Report of the Indian Hemp Drugs Commission, 1894-1895 - Volume III
Year: 1894
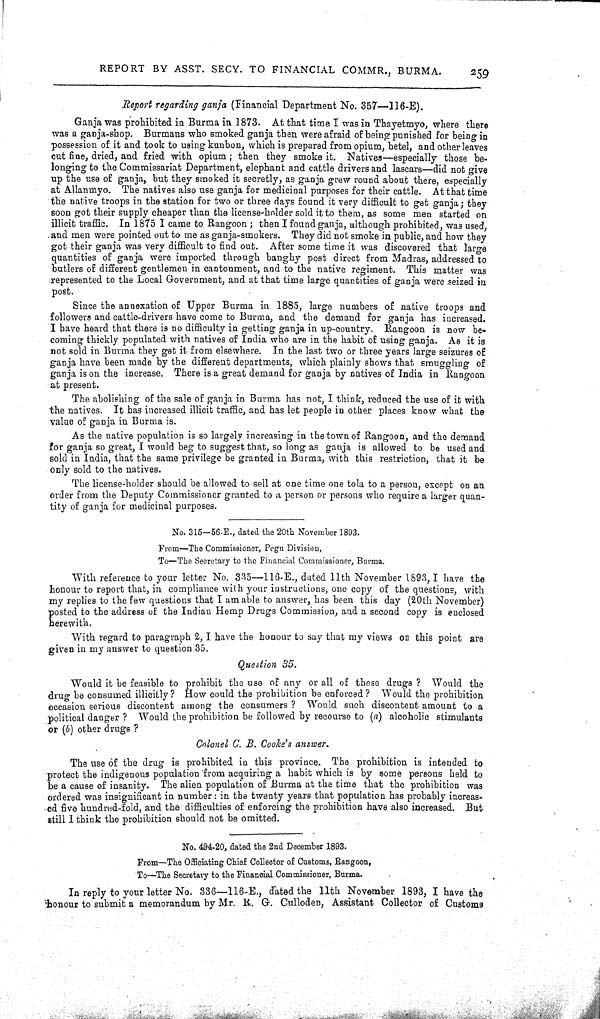
REPORT BY ASST. SECY. TO FINANCIAL COMMR., BURMA.
259
Report regarding ganja (Financial Department No. 357—116-E).
Ganja was prohibited in Burma in 1873. At that time I was in Thayetmyo, where there
was a ganja-shop. Burmans who smoked ganja then were afraid of being punished for being in
possession of it and took to using kunbon, which is prepared from opium, betel, and other leaves
cut fine, dried, and fried with opium; then they smoke it. Natives—especially those be-
longing to the Commissariat Department, elephant and cattle drivers and lascars—did not give
up the use of ganja, but they smoked it secretly, as ganja grew round about there, especially
at Allanmyo. The natives also use ganja for medicinal purposes for their cattle. At that time
the native troops in the station for two or three days found it very difficult to get ganja; they
soon got their supply cheaper than the license-holder sold it to them, as some men started on
illicit traffic. In 1875 I came to Rangoon; then I found ganja, although prohibited, was used,
and men were pointed out to me as ganja-smokers. They did not smoke in public, and how they
got their ganja was very difficult to find out. After some time it was discovered that large
quantities of ganja were imported through banghy post direct from Madras, addressed to
butlers of different gentlemen in cantonment, and to the native regiment. This matter was
represented to the Local Government, and at that time large quantities of ganja were seized in
post.
Since the annexation of Upper Burma in 1885, large numbers of native troops and
followers and cattle-drivers have come to Burma, and the demand for ganja has increased.
I have heard that there is no difficulty in getting ganja in up-country. Rangoon is now be-
coming thickly populated with natives of India who are in the habit of using ganja. As it is
not sold in Burma they get it from elsewhere. In the last two or three years large seizures of
ganja have been made by the different departments, which plainly shows that smuggling of
ganja is on the increase. There is a great demand for ganja by natives of India in Rangoon
at present.
The abolishing of the sale of ganja in Burma has not, I think, reduced the use of it with
the natives. It has increased illicit traffic, and has let people in other places know what the
value of ganja in Burma is.
As the native population is so largely increasing in the town of Rangoon, and the demand
for ganja so great, I would beg to suggest that, so long as ganja is allowed to be used and
sold in India, that the same privilege be granted in Burma, with this restriction, that it be
only sold to the natives.
The license-holder should be allowed to sell at one time one tola to a person, except on an
order from the Deputy Commissioner granted to a person or persons who require a larger quan-
tity of ganja for medicinal purposes.
No. 315—56-E., dated the 20th November 1893.
From—The Commissioner, Pegu Division,
To—The Secretary to the Financial Commissioner, Burma.
With reference to your letter No. 335—116-E., dated 11th November 1893, I have the
honour to report that, in compliance with your instructions, one copy of the questions, with
my replies to the few questions that I am able to answer, has been this day (20th November)
posted to the address of the Indian Hemp Drugs Commission, and a second copy is enclosed
herewith.
With regard to paragraph 2, I have the honour to say that my views on this point are
given in my answer to question 35.
Question 35.
Would it be feasible to prohibit the use of any or all of these drugs? Would the
drug be consumed illicitly? How could the prohibition be enforced? Would the prohibition
occasion serious discontent among the consumers? Would such discontent amount to a
political danger? Would the prohibition be followed by recourse to (a) alcoholic stimulants
or (b) other drugs?
Colonel C. B. Cooke's answer.
The use of the drug is prohibited in this province. The prohibition is intended to
protect the indigenous population from acquiring a habit which is by some persons held to
be a cause of insanity. The alien population of Burma at the time that the prohibition was
ordered was insignificant in number: in the twenty years that population has probably increas-
ed five hundred-fold, and the difficulties of enforcing the prohibition have also increased. But
still I think the prohibition should not be omitted.
No. 494-20, dated the 2nd December 1893.
From—The Officiating Chief Collector of Customs, Rangoon,
To—The Secretary to the Financial Commissioner, Burma.
In reply to your letter No. 336—116-E., dated the 11th November 1893, I have the
honour to submit a memorandum by Mr. R. G. Culloden, Assistant Collector of Customs